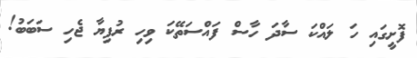
ފޮށީގައި ހަ ލައްކަ ސާދަ ހާސް ފައްސަތޭކަ ވިހި ރުފިޔާ ޖެހި ސަބަބު!